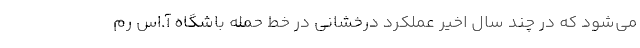
می‌شود که در چند سال اخیر عملکرد درخشانی در خط حمله باشگاه آ.اس رم